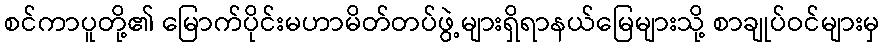
စင်ကာပူတို့၏ မြောက်ပိုင်းမဟာမိတ်တပ်ဖွဲ့များရှိရာနယ်မြေများသို့ စာချုပ်ဝင်များမှ